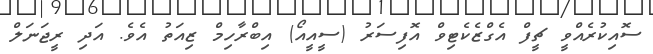
ސޮއިކުރެއްވީ ޗީފް އެގްޒެކެޓިވް އޮފިސަރު (ސީއީއޯ) އިބްރާހިމް ޒިއަތު އެވެ. އަދި ރީޖަނަލް